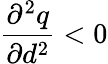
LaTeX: \frac{\partial^{2}q}{\partial d^{2}}<0